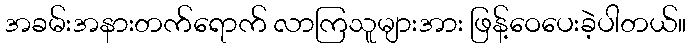
အခမ်းအနားတက်ရောက် လာကြသူများအား ဖြန့်ဝေပေးခဲ့ပါတယ်။